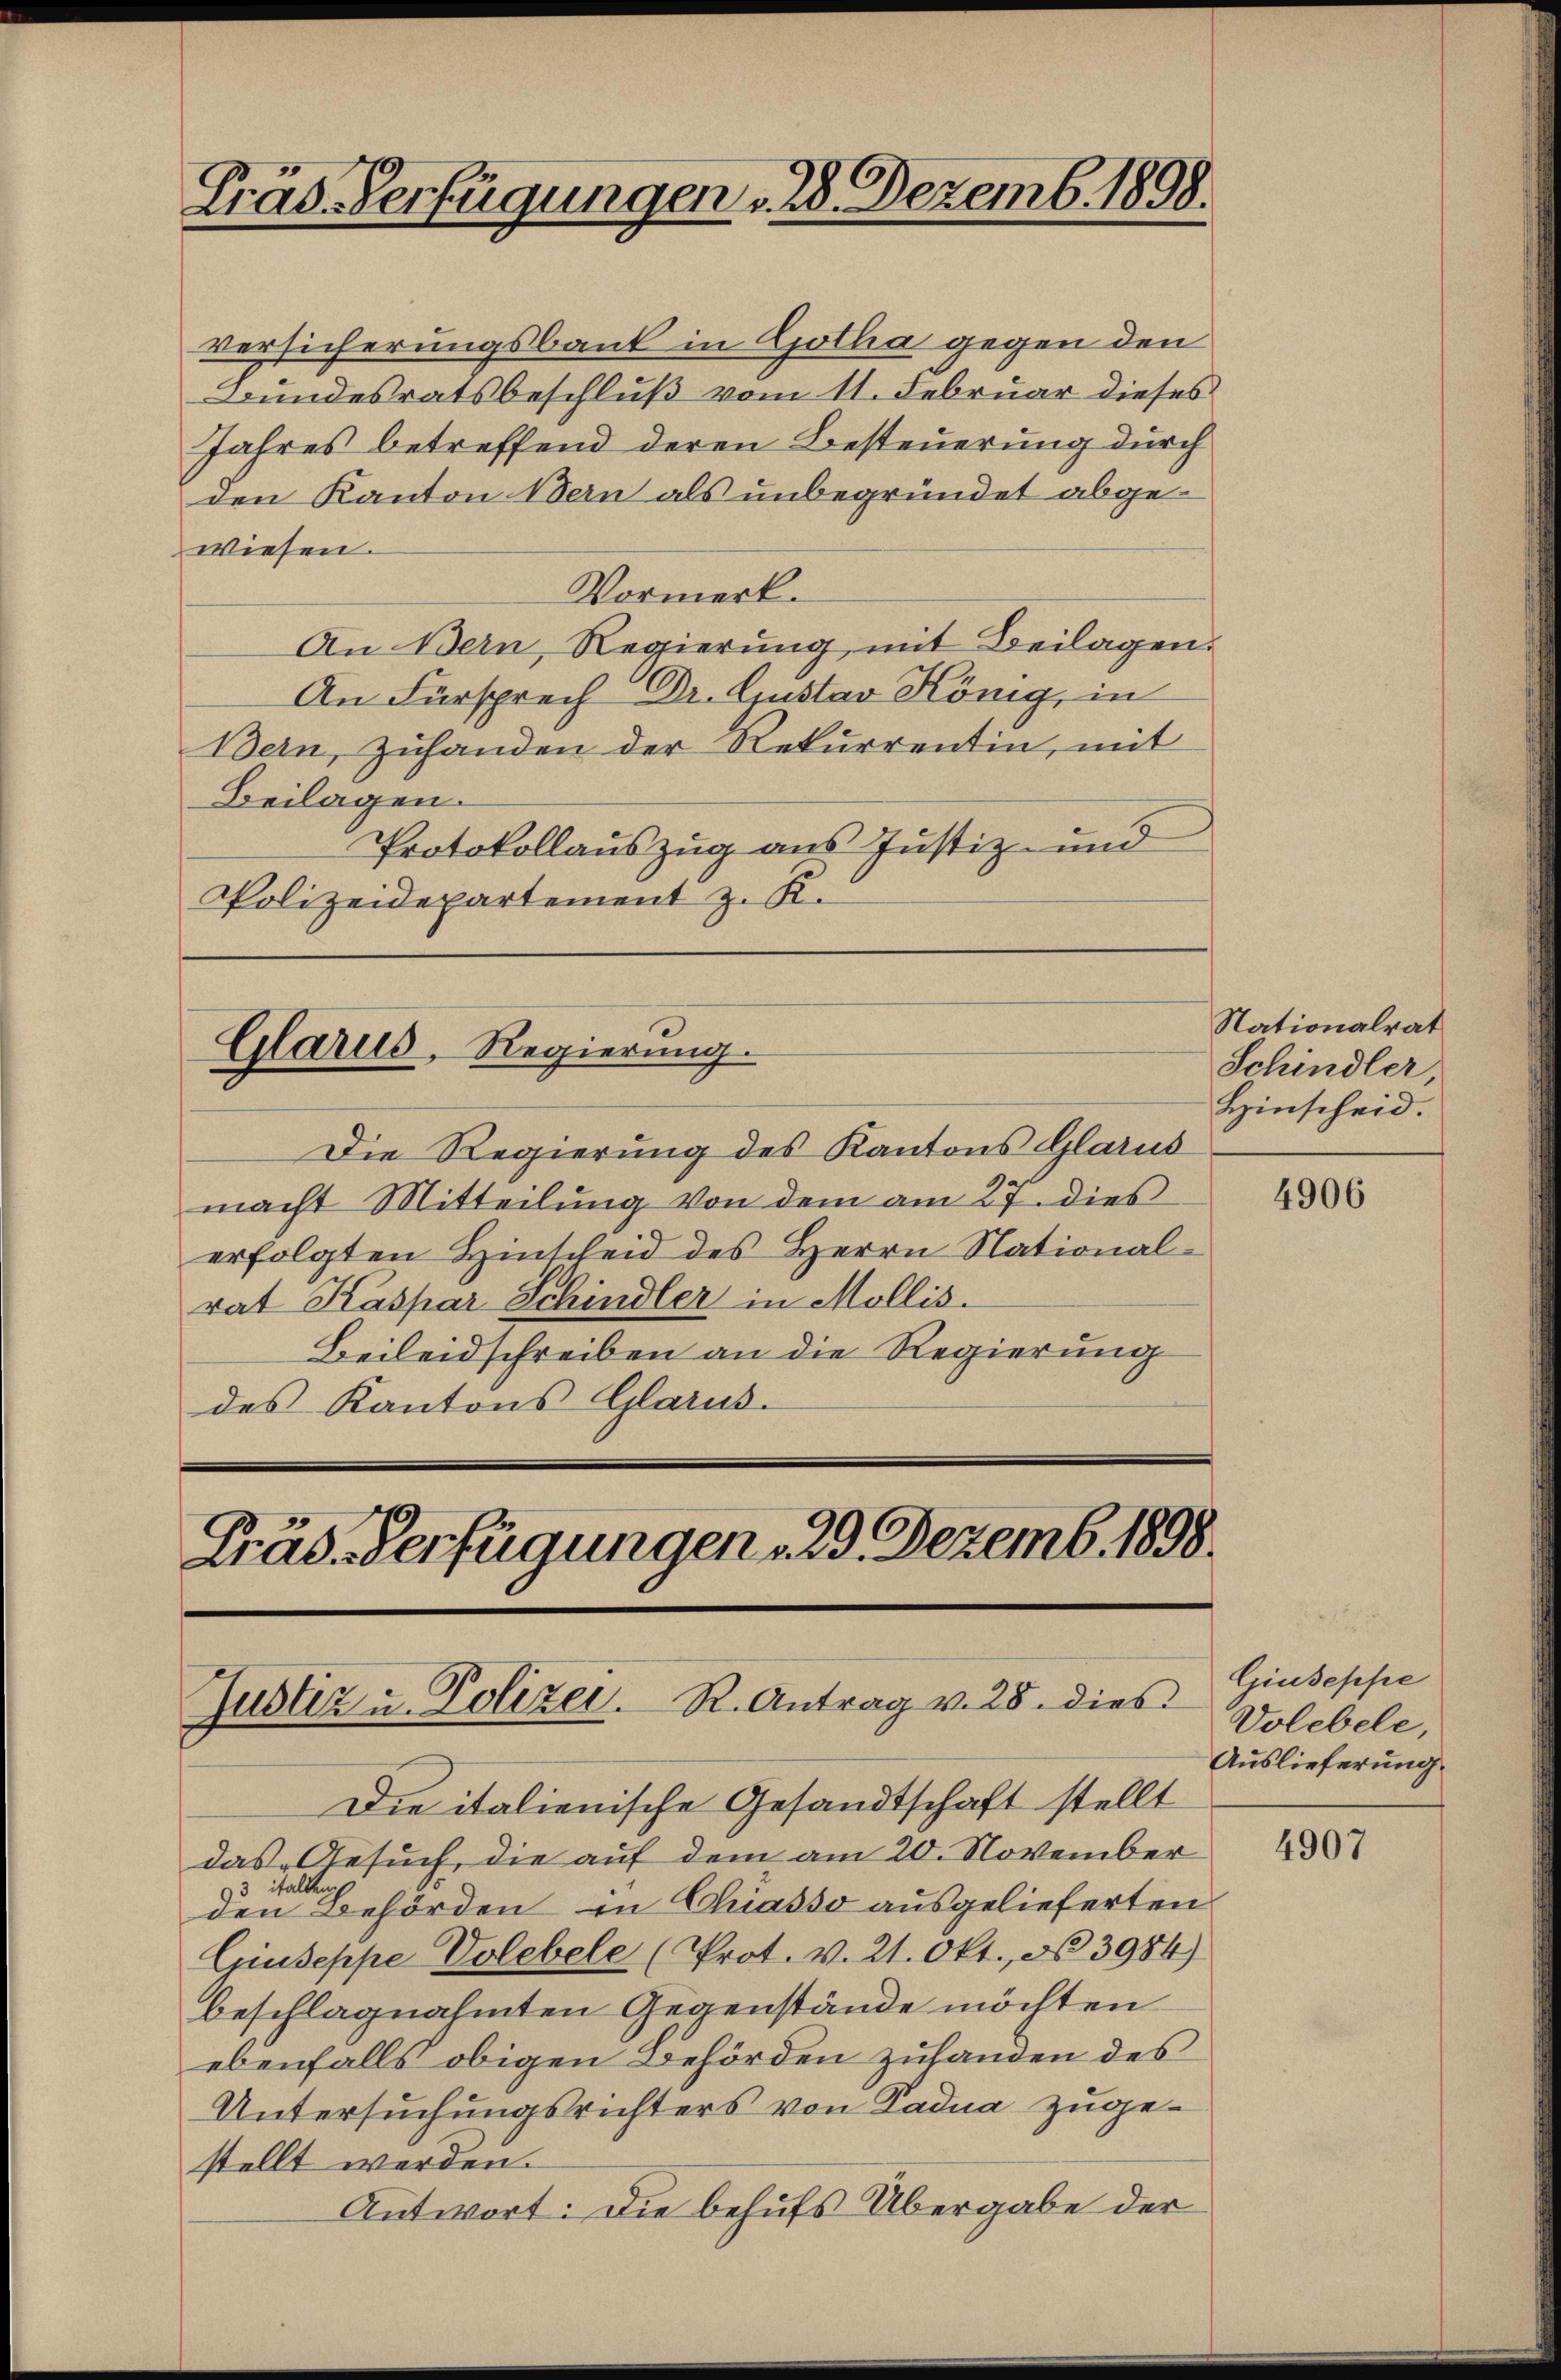
Präs. Verfügungen . 28. Dezemb. 1898.

Versicherungsbank in Gotha gegen den
Bundesratsbeschluß vom 11. Februar dieses
Jahres betreffend deren Besteuerung durch
den Kanton Bern als unbegründet abgewiesen.
Vormerk.
An Bern, Regierung mit Beilagen.
An Fürsprech Dr. Gustav König, in
Bern, Zuhanden der Rekurrentin, mit
Beilagen.
Protokollauszug aus Justiz- und
Polizeidepartement z. K.

Glarus, Regierung.

Präs. Verfügungen 29. Dezemb. 1898.
Justiz u. Polizer. R. Antrag v. 28. dies

Die Regierung des Kantons Glarus
macht Mitteilung von dem am 27. dies
erfolgten Hinscheid des Herrn Nationalrat Kaspar Schindler in Mollis.
Beileidschreiben an die Regierung
des Kantons Glarus.

Die italienische Gesandtschaft stellt
das Gesuch, die auf dem am 20. November 187
3 Stallung
den Behörden in Chiasso ausgelieferten
Criuseppe Volebele (Prot. v. 21. Okt., N. 3984)
beschlagnahmten Gegenstände möchten
ebenfalls obigen Behörden zuhanden des
Untersuchungsrichters von Kadua zugestellt werden.
Antwort: Die behufs Übergabe der

Nationalrat
Schindler
Hinscheid.

4906

Giuseppe
Volebele,
Auslieferung